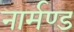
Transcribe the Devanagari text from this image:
नार्मण्ड